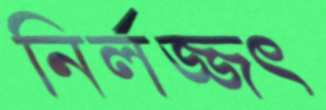
নির্লজ্জৎ